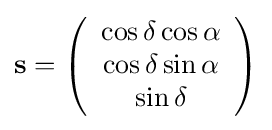
\mathbf {s} =\left({\begin{array}{c}\cos \delta \cos \alpha \\\cos \delta \sin \alpha \\\sin \delta \end{array}}\right)